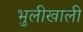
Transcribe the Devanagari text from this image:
भुलीखाली